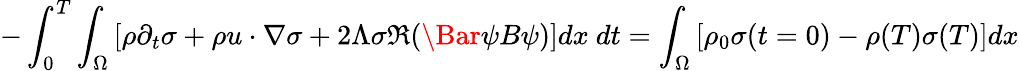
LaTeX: -\int_{0}^{T}\int_{\Omega}\left[\rho\partial_{t}\sigma+\rho u\cdot\nabla\sigma+2\Lambda\sigma\Re(\Bar{\psi}B\psi)\right]dx\ dt=\int_{\Omega}\left[\rho_{0}\sigma(t=0)-\rho(T)\sigma(T)\right]dx